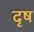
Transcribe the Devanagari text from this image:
दृष